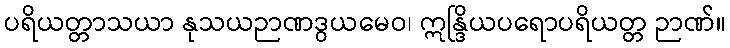
ပရိယတ္တာသယာ နုသယဉာဏဒွယမေဝ၊ ဣန္ဒြိယပရောပရိယတ္တ ဉာဏ်။